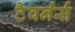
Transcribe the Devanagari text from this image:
टैवर्नर्स